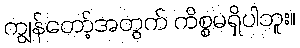
ကျွန်တော့်အတွက် ကိစ္စမရှိပါဘူး။